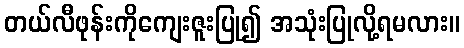
တယ်လီဖုန်းကိုကျေးဇူးပြု၍ အသုံးပြုလို့ရမလား။